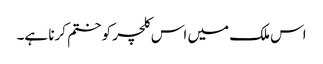
اس ملک میں اس کلچر کو ختم کرنا ہے۔